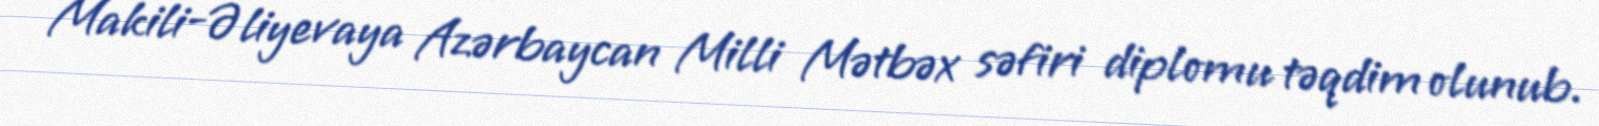
Makili-Əliyevaya Azərbaycan Milli Mətbəx səfiri diplomu təqdim olunub.